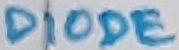
Text: DIODE